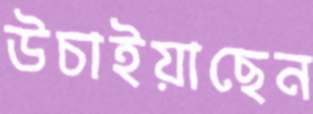
উচাইয়াছেন